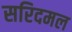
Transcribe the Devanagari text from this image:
सरिदमल